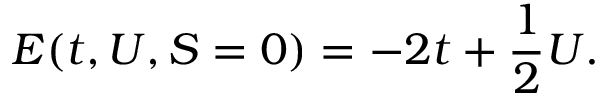
E ( t , U , S = 0 ) = - 2 t + \frac { 1 } { 2 } U .